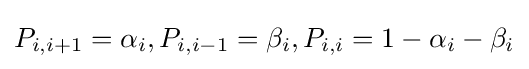
P_{i,i+1}=\alpha _{i},P_{i,i-1}=\beta _{i},P_{i,i}=1-\alpha _{i}-\beta _{i}